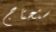
ستحتاج